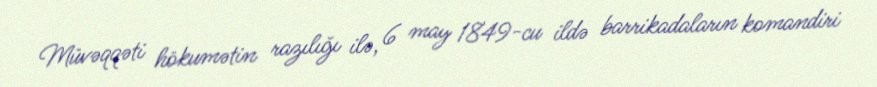
Müvəqqəti hökumətin razılığı ilə, 6 may 1849-cu ildə barrikadaların komandiri